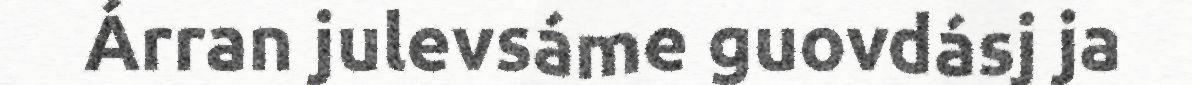
Árran julevsáme guovdásj ja